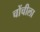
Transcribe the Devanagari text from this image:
चोंचीला